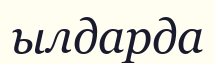
ылдарда